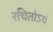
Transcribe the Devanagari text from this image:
रचितोऽयं